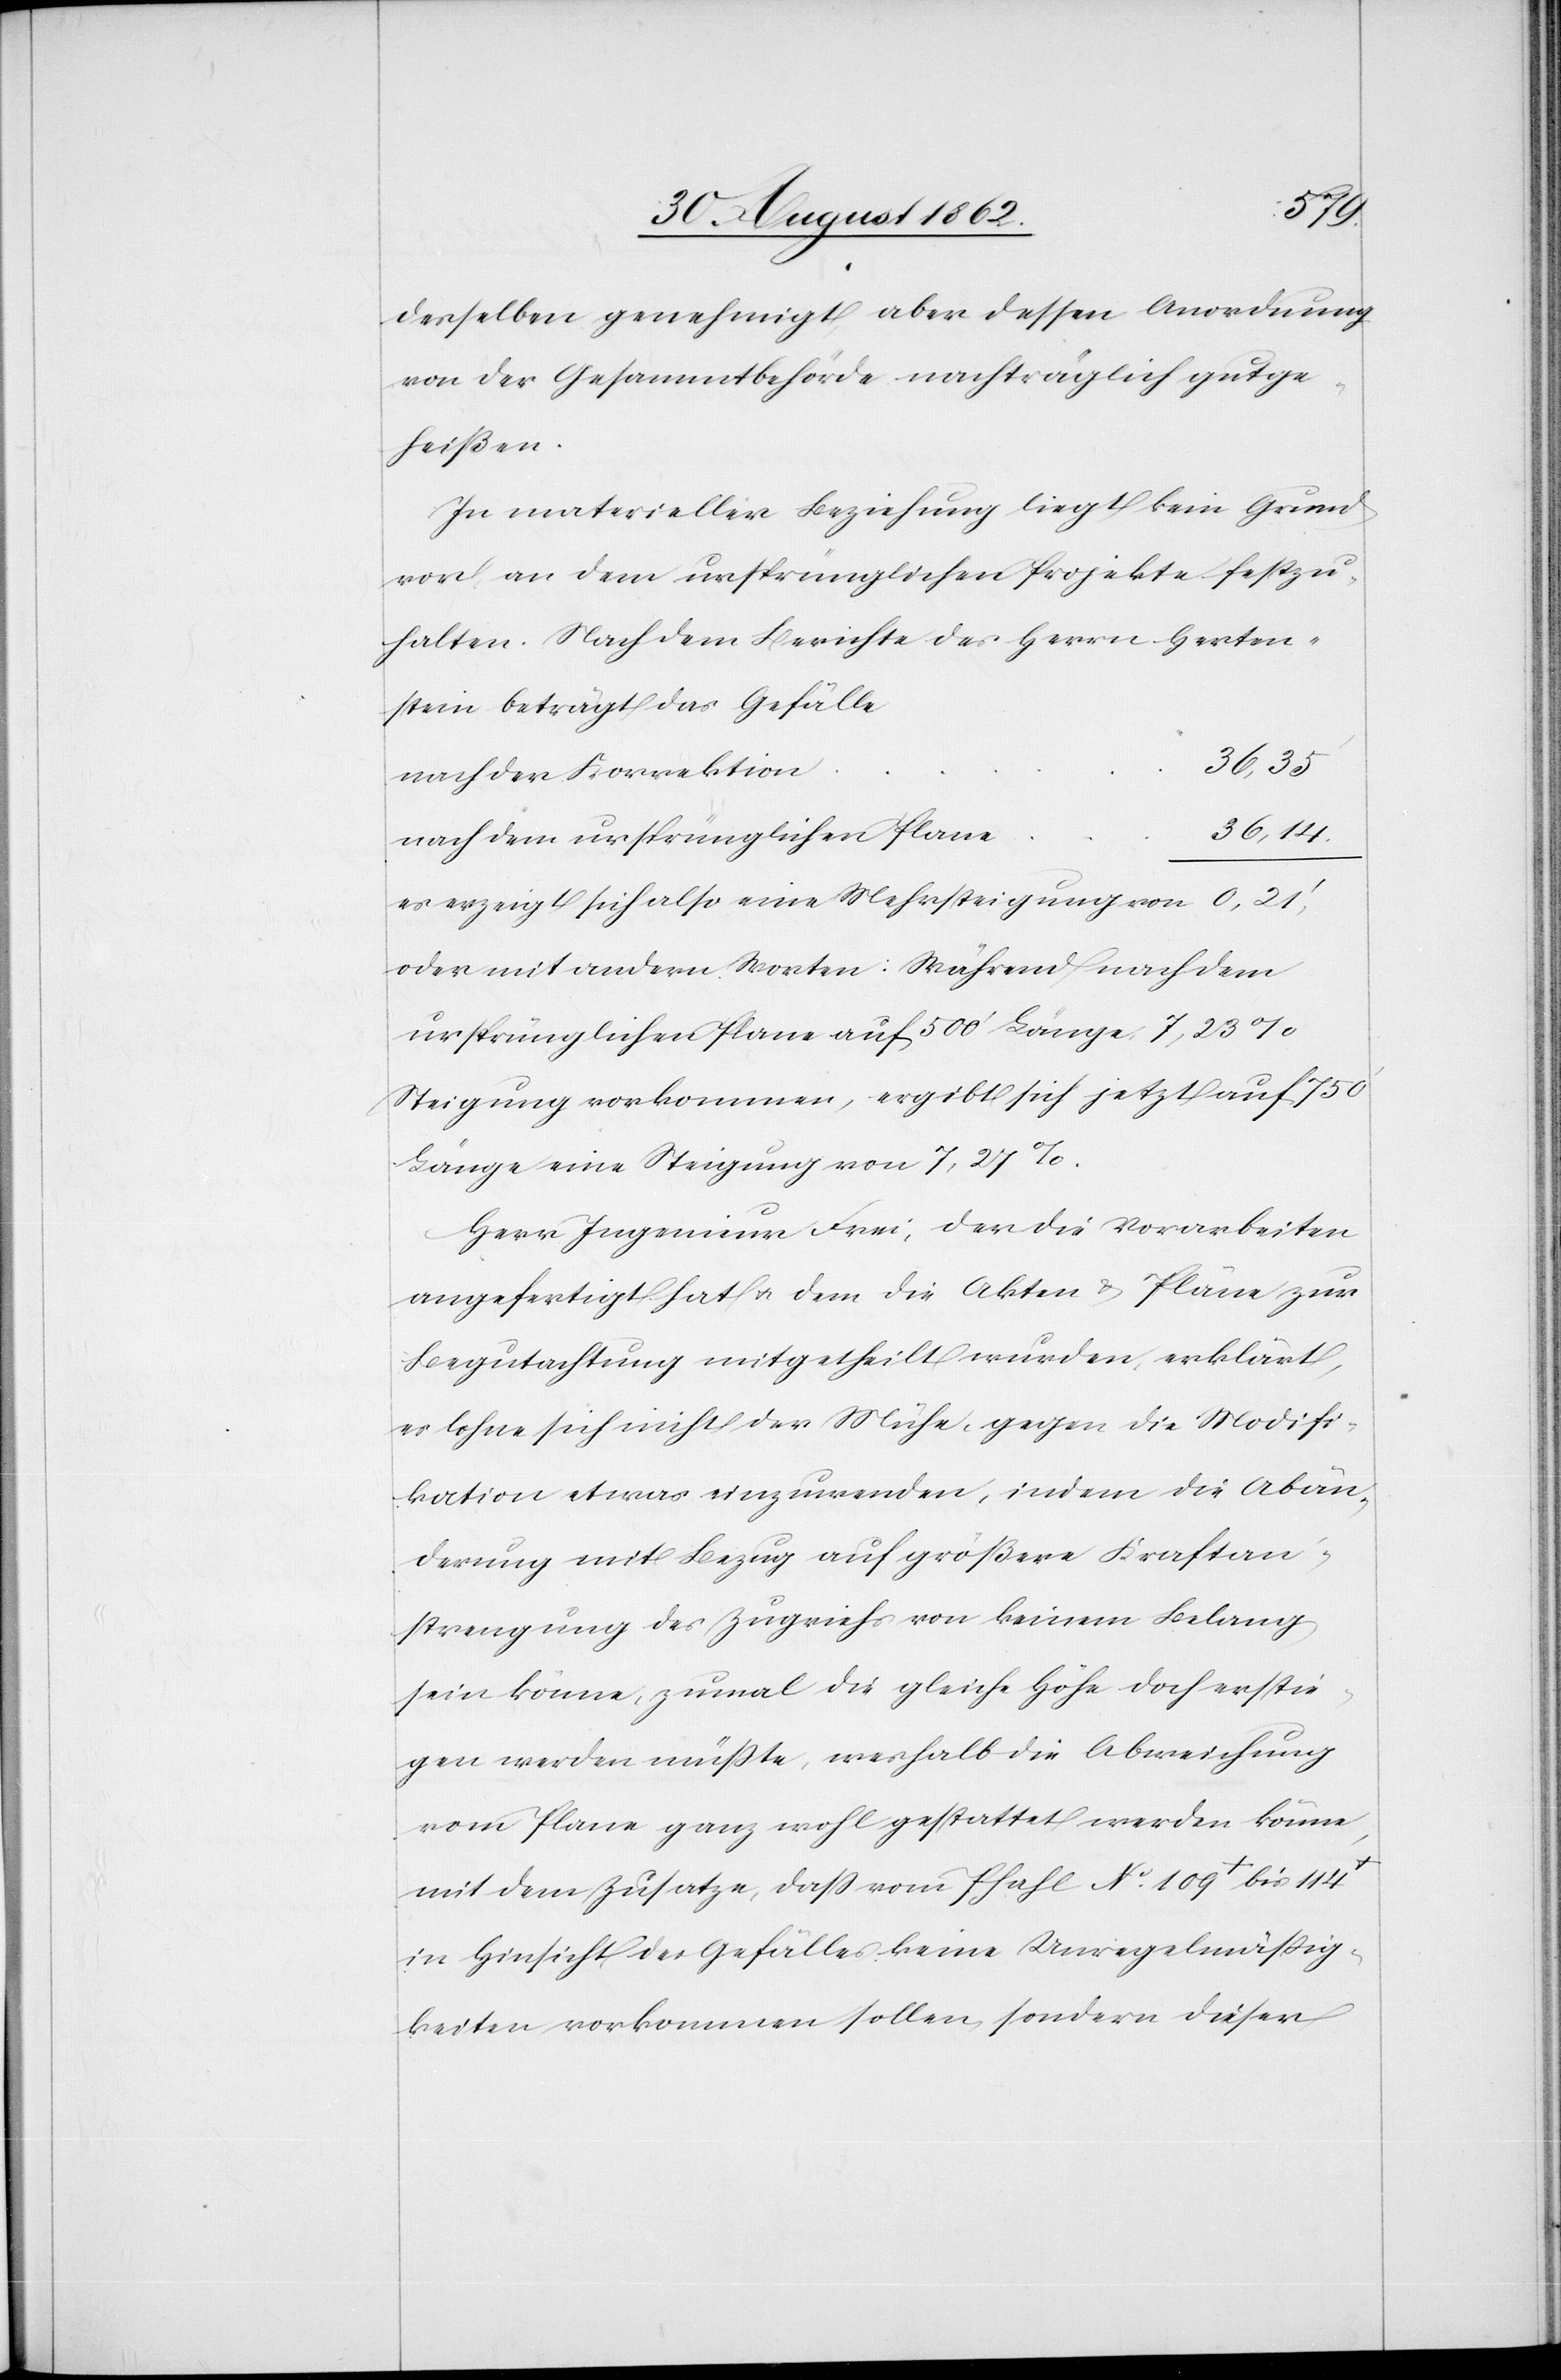
36,14’
derselben genehmigt, aber dessen Anordnung
von der Gemsammtbehörde nachträglich gutge¬
heißen.
In materieller Beziehung liegt kein Grund
vor, an dem ursprünglichen Projekte festzu¬
halten. Nach dem Bericht des Herrn Herten¬
stein beträgt das Gefälle
36,35’
nach der Korrektion
nach dem ursprünglichen Plane
er erzeigt sich also eine Mehrsteigung von
oder mit andern Worten: Während nach dem
ursprünglichen Plane auf 500’ Länge 7,23%
Steigung vorkommen, ergibt sich jetzt auf 750’
Länge eine Steigung von 7,27%.
Herr Ingenieur Frei, der die Vorarbeiten
angefertigt hat u. dem die Akten u. Pläne zur
Begutachtung mitgetheilt wurden, erklärt,
es lohne sich nicht der Mühe, gegen die Modifi¬
kation etwas einzuwenden, indem die Abän¬
derung mit Bezug auf größere Kraftan¬
strengung des Zugviehs von keinem Belang
sein könne, zumal die gleiche Höhe doch erstie¬
gen werden müßte, weshalb die Abweichung
vom Plane ganz wohl gestattet werden könne,
mit dem Zusatze, daß vom Pfahl No 109+ bis 114+
in Hinsicht des Gefälles keine Unregelmäßig¬
keiten vorkommen sollen, sondern dieser